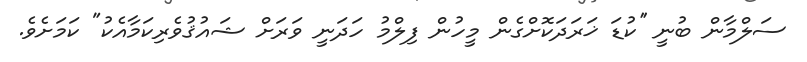
ސަލްމާން ބުނީ ''ކުޑަ ޚަރަދަކޮށްގެން މީހުން ފިލްމު ހަދަނީ ވަރަށް ޝައުޤުވެރިކަމާއެކު" ކަމަށެވެ.